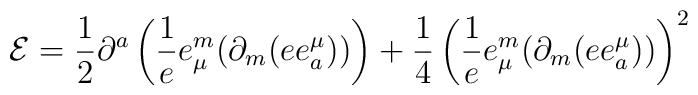
{\cal E}=\frac{1}{2}\partial ^a\left(\frac{1}{e}e^m_\mu(\partial _m(ee^\mu_a))      \right)+\frac{1}{4}\left(\frac{1}{e}e^m_\mu(\partial _m(ee^\mu_a))\right)^2